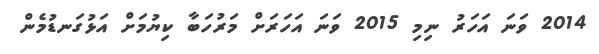
2014 ވަނަ އަހަރު ނިމި 2015 ވަނަ އަހަރަށް މަރުހަބާ ކިޔުމަށް އަޅުގަނޑުމެން